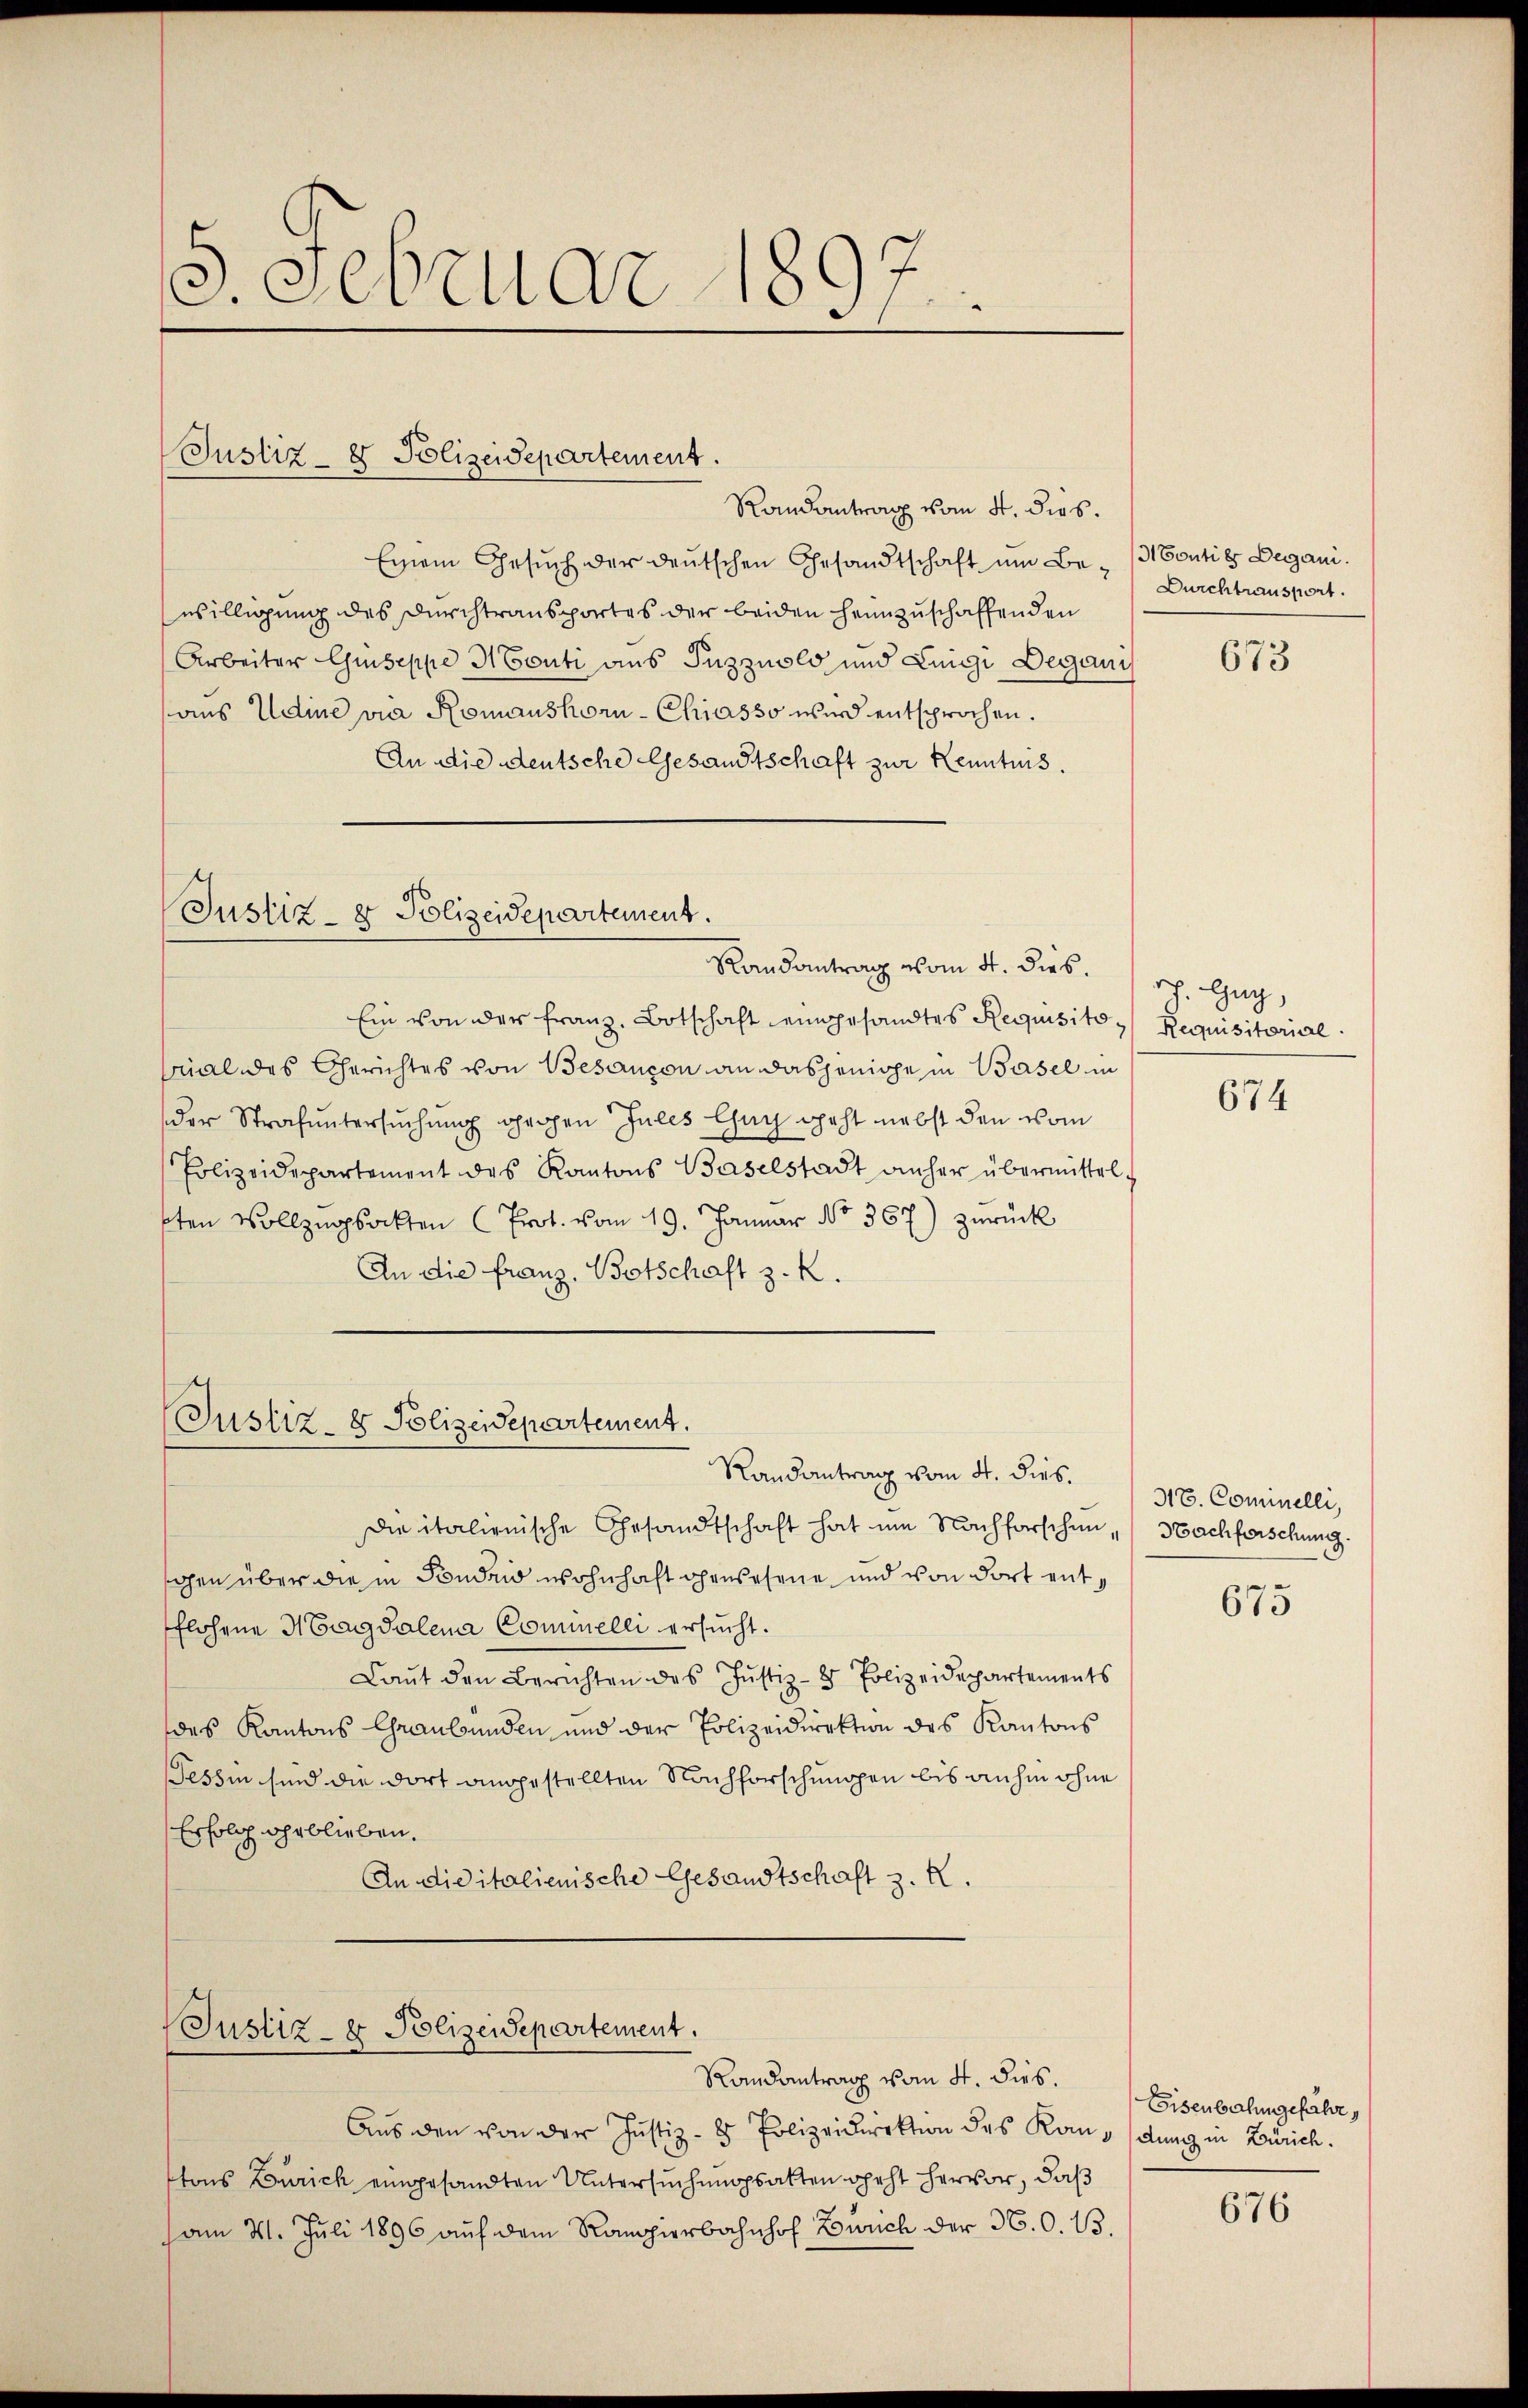
5. Februar 1897

Justiz- & Polizeidepartement.

Randantrag vom 4. dies.
Einem Gesuch der deutschen Gesandtschaft um Be- (Montie Deganiwilligung des Durchtransportes der beiden heimzuschaffenden
Arbeiter Guseppe Mouti aus Tuzzuolo und Luigi Degaui
aus Udine via Romanshorn-Chiasso wird entsprochen.
An die deutsche Gesandtschaft zur Kenntnis.

Ein von der franz. Botschaft eingesandtes Requisito- Requisitorial
Mal des Gerichtes von Besançon an dasjenige in Basel in
der Strafuntersuchung gehen Jules Gach geht nebst den vom
Polizeidepartement des Kantons Baselstadt anher übermittel-
sten Vollzugsockten (Prot. vom 19. Januar No. 367) zurück
An die franz, Botschaft z. R.

Randantrag vom 4. dies.
die italienische Ehrsandtschaft hat im Nachforschen, Nachforschung.
gen über die in Sonden wohnhaft gewesene und von dort entflohene Magdalena Cominelli ersucht.
Laŭt den Berichten des Justiz- & Polizeidepartements
des Kantons Graubünden und der Polizeidirektion des Kantons
Tessin sind die dort angestellten Nachforschungen bis anhin ohne
Erfolg ihr blieben.
An die italienische Gesandtschaft z. K.

Justiz- & Polizeidepartement.
Randantrag vom 4. dies.

Justiz- & Polizeidepartement.

(Justiz- & Polizeidepartement.

Randantrag vom 4. dies.
Aus den von der Justiz- & Polizeidirektion des Kandung in Zürich.
tons Zürich eingesandten Untersuchungsalten geht hervor, daß
am 31. Juli 1896 auf dem Ramppierbahnhof Zürich der 360. 13.

Durchtransport.

673

rch. Gug,

674

316. Cominelli,

675

Eisenbahngefähr,

676